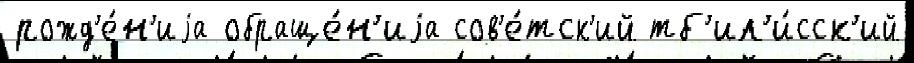
рожд'е́н'иjа обраще́н'иjа сов'е́тск'ий тб'ил'и́сск'ий